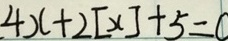
4 x + 2 [ x ] + 5 = 0